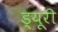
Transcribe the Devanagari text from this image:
ड्यूरी